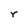
Character: r